Annual statistical returns and brief notes on vaccination in Bengal - 1896-1909
Year: 1896
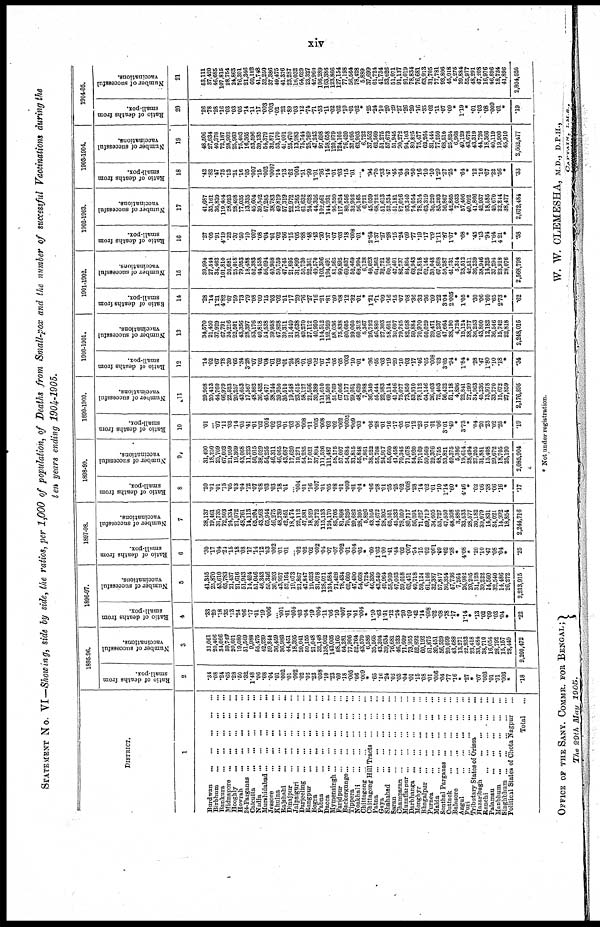
xiv
STATEMENT No. VI—Showing, side by side, the ratios, per 1,000 of population, of Deaths from Small-pox and the number of successful Vaccinations during the
ten years ending 1904-1905.
DISTRICT.
1
Burdwan
...
...
...
...
...
Birbhum
...
...
...
...
...
Bankura
...
...
...
...
...
Midnapore
...
...
...
...
...
Hooghly
...
...
...
...
...
Howrah
...
...
...
...
...
24-Parganas
...
...
...
...
...
Calcutta
...
...
...
...
...
Nadia
...
...
...
...
...
Murshidabad
...
...
...
...
...
Jessore
...
...
...
...
...
Khulna
...
...
...
... ...
Rajshahi
...
...
...
...
...
Dinajpur
...
...
...
...
...
Jalpaiguri
...
...
...
...
...
Darjeeling
...
...
...
...
...
Rangpur
...
...
...
...
...
Bogra
...
...
...
...
...
Pabna
...
...
...
...
...
Dacca
...
...
...
...
...
Mymensingh ... ... ... ... ...
Faridpur
...
...
...
...
...
Backergunge
...
...
...
...
...
Tippera
...
...
...
...
...
Noakhali
...
...
...
...
...
Chittagong
...
...
...
...
...
Chittagong Hill Tracts
...
...
...
Patna
...
...
...
...
...
Gaya
...
...
...
...
...
Shahabad
...
...
...
...
...
Saran
...
...
...
...
...
Champaran
...
...
...
...
...
Muzaffarpur
...
...
...
...
...
Darbhanga
...
...
...
...
...
Monghyr
...
...
...
...
...
Bhagalpur
...
...
...
...
...
Purnea
...
...
...
...
...
Malda
...
...
...
...
...
Sonthal Parganas
...
...
...
...
Cuttack
...
...
...
...
...
Balasore
...
...
...
...
...
Angul
...
...
...
...
...
Puri
...
...
...
...
...
Tributary States of Orissa
...
...
Hazaribagh
...
...
...
...
Ranchi
...
...
...
...
...
Palamau
...
...
...
...
...
Manbhum
...
...
...
...
...
Singhbhum
...
...
...
...
...
Political States of Chota Nagpur
...
Total ...
1895-96.
Ratio of deaths from
small-pox.
2
.34
.08
.24
.65
.28
.50
.32
1.48
.06
.08
.04
.01
.002
.01
.002
.02
.02
.23
.008
.10
.23
.60
.18
.005
.06
.009
*
.65
.16
.24
.02
.03
.04
.01
.16
.08
.01
.006
.04
.77
.16
*
.27
*
.07
.003
.01
.01
.003
*
.18
Number of successful
vaccinations.
3
31,061
20,406
34,066
59,749
20,601
19,080
51,569
9,988
55,475
42,239
59,344
36,459
36,983
44,451
18,395
20,041
50,155
21,048
32,148
138,062
143,005
88,165
64,281
77,906
52,764
43,570
6,586
35,565
43,204
39,634
76,681
46,233
71,609
73,955
52,892
60,192
51,875
30,451
56,529
20,099
43,688
13,271
22,933
23,418
33,484
38,710
16,054
28,792
15,157
28,449
2,200,472
1896-97.
Ratio of deaths from
small-pox.
4
.33
.29
.18
.35
.13
.24
.06
.17
.01
.19
.006
... .001
.01
.004
.03
.04
.19
.004
.11
.06
.10
.007
.01
.01
.004
*
1.10
.63
1.51
.12
.24
.20
.09
.42
.14
.008
.02
.08
.78
.17
.
1.14
*
.13
.02
.09
.03
.04
*
.22
Number of successful
vaccinations.
5
41,345
25,870
43,610
65,783
21,437
21,616
51,943
14,424
51,046
46,343
55,346
30,293
43,957
52,164
19,073
21,867
47,847
19,523
31,078
128,071
134,584
71,428
78,434
62,660
47,490
54,668
6,724
46,336
43,649
49,964
58,969
47,063
59,018
63,451
49,718
59,124
61,146
32,387
57,817
36,354
47,736
7,264
26,982
20,205
31,128
39,222
14,560
32,540
14,486
26,272
2,213,915
1897-98.
Ratio of deaths from
small-pox.
6
.30
.17
.04
.24
.15
.18
.08
.17
.14
.12
.03
.002
.01
.01
... .02
.02
.02
.002
.04
.07
.07
.002
.01
.004
.05
*
.60
1.03 1.00
.41
.44
.02
.007
.54
.15
.02
.001
.09
.62
.38
*
4.08
*
.20
.10
.47
.08
.04
*
.25
Number of successful
vaccinations.
7
38,137
19,461
31,735
72,503
24,331
21,072
48,761
14,113
65,204
43,563
65,944
46,275
48,739
42,851
18,474
22,112
47,581
18,529
38,772
115,133
124,170
85,705
81,898
70,226
29,682
28,395
5,826
43,056
44,672
28,302
65,051
45,332
78,809
80,717
56,091
71,627
69,719
34,605
53,727
47,550
48,308
3,886
33,533
28,577
30,182
39,079
14,831
34,021
14,992
18,854
2,244,716
1898-99.
Ratio of deaths from
small-pox.
8
.20
.01
.01
.15
.05
.03
.04
.12
.07
.08
.03
.03
.18
.01
... .004
.01
.16
.007
.01
.05
.08
.01
.009
.01
.04
*
.06
.28
.01
.35
.25
.02
.008
.28
.14
.02
.01
.10
1.14
.60
*
4.46
*
.02
.06
.38
.06
.16
*
.17
Number of successful
vaccinations.
9
31,490
18,250
25,769
67,002
21,959
19,369
43,068
11,223
50,015
38,029
54,255
46,311
46,065
43,687
17,620
19,271
54,285
17,021
37,894
111,526
111,487
58,175
57,097
54,684
31,815
55,848
7,861
38,522
55,708
24,917
55,660
41,458
70,345
71,678
54,920
79,169
59,569
29,376
48,755
53,821
49,375
5,386
19,614
28,494
27,205
31,881
15,408
29,672
18,705
25,190
2,085,904
1899-1900.
Ratio of deaths from
small-pox.
10
.01
...
.07
.11
.03
.14
.05
.41
.01
.02
.004
.02
.03
.01
.03
.06
.008
.11
.005
.008
.03
.02
.002
.0005
.009
.03
*
.06
.28
.01
.16
.17
.05
.01
.12
.23
.01
.01
.06
3.01
.49
*
3.73
*
.04
.20
.23
.02
.25
*
.19
Number of successful
vaccinations.
11
29,908
20,413
44,760
66,979
22,523
20,257
43,653
17,567
48,862
36,432
46,471
38,244
39,950
35,510
19,548
23,615
58,127
21,566
30,389
111,610
136,500
51,769
67,006
57,177
29,951
48,629
7,988
36,349
65,444
22,983
69,114
41,046
75,077
73,850
53,910
78,112
64,146
26,003
72,403
56,422
51,118
4,896
22,841
27,299
34,963
45,236
13,978
33,770
15,672
27,859
2,176,895
1900-1901.
Ratio of deaths from
small-pox.
12
.14
.02
.67
.78
.39
.65
.34
3.28
.07
.02
.04
.01
.02
.01
.24
.38
.01
.05
.02
.07
.14
.05
.05
.003
.10
.01
.
.36
.55
.03
.19
.29
.10
.03
.17
.46
.05
.008
.03
3.65
.94
*
1.84
*
.28
.47
1.80
.10
.18
*
.34
Number of successful
vaccinations.
13
34,570
21,450
37,929
67,791
24,216
22,501
43,356
28,397
53,176
40,818
54,538
39,958
47,828
39,311
21,410
33,638
49,270
27,112
40,950
114,512
152,959
58,036
75,838
60,605
39,060
60,312
5,367
26,792
46,880
27,303
58,651
39,697
79,785
82,058
59,884
70,970
60,029
29,471
60,237
47,664
38,190
4,724
15,124
38,277
36,253
43,800
12,182
36,546
15,742
22,818
2,248,015
1901-1902.
Ratio of deaths from
small-pox.
14
.28
.14
1.21
4.82
.67
.59
.73
.79
.08
.09
.15
.03
.02
.51
.17
.29
.76
.27
.16
.21
.81
.09
.08
.12
.32
.01
*
1.21
.71
.09
.16
.15
.07
.08
.36
.33
.36
.09
.22
3.04
2.005
*
1.05
*
.30 .06
1.60
.65
2.73
*
.62
Number of successful
vaccinations.
15
39,994
27,544
34,463
101,810
20,681
25,018
79,953
18,488
62,383
44,558
56,094
40,908
50,760
47,745
21,895
31,899
50,730
22,361
49,570
103,306
194,491
81,565
99,895
69,037
52,469
68,994
6,128
49,023
64,362
32,721
60,106
47,401
86,737
84,804
63,943
72,818
62,145
30,048
67,808
56,287
41,731
5,314
23,612
42,511
36,239
38,946
14,325
37,294
23,918
28,076
2,568,798
1902-1903.
Ratio of deaths from
small-pox.
16
.27
.05
.91
4.19
.22
.37
.50
.10
.007
.08
.04
.01
.02
.56
.15
.05
.88
.48
.43
.30
.37
.07
.03
.18
.008
.01
*
2.64
1.37
.27
.28
.15
.24
.09
.77
.19
.17
.09
1.11
.87
1.07
*
.68
*
.45
.13
.94
1.64
4.21
*
.58
Number of successful
vaccinations.
17
41,687
35,161
36,839
119,404
28,023
28,498
77,035
13,335
45,604
39,542
57,285
38,783
49,819
57,319
22,972
15,265
61,632
24,628
44,326
102,061
144,931
95,520
117,824
80,556
32,952
56,165
6,721
45,039
68,722
51,613
52,534
51,181
87,016
93,340
74,054
78,314
63,319
30,220
85,203
56,867
42,865
7,033
57,406
40,092
41,866
42,937
18,585
49,670
22,244
38,477
2,672,484
1903-1904.
Ratio of deaths from
small-pox.
18
.42
.82
.47
.75
.13
.21
.16
.05
.007
.15
.002
.0007
.14
.13
.62
.004
.51
.99
1.01
.36
.14
.01
.03
.15
.01
... *
.94
.70
.33
.47
.45
.64
.20
.50
.16
.10
.10
1.29
.27
.25
*
.64
*
.12
.16
.67
.22
.56
*
.33
Number of successful
vaccinations.
19
48,506
27,834
40,378
72,187
28,902
25,963
75,403
16,365
53,596
39,135
54,379
32,871
53,170
41,001
25,470
13,983
75,744
25,769
47,243
97,698
158,658
120,879
124,105
76,420
37,095
63,903
6,722
37,552
62,569
51,275
57,673
51,945
90,272
94,103
80,825
75,477
62,264
31,444
77,250
68,510
25,824
6,968
49,129
43,678
43,319
44,726
18,366
40,119
19,900
45,910
2,662,477
1904-05.
Ratio of deaths from
small-pox.
20
.26
.78
.28
.16
.03
.03
.05
.14
.11
.17
.003
.003
.02
.22
.89
.03
.12
.74
.71
.53
.11
.02
.02
.10
.01
.02
*
.25
.24
.10
.20
.29
.27
.26
.20
.16
.35
.02
.11
.07
.09
*
1.19
*
.01
.03
.08
.009
.01
*
.19
Number of successful
vaccinations.
21
53,111
37,420
46,685
107,815
28,754
24,863
76,301
21,346
60,102
41,748
52,250
37,386
49,475
41,376
23,287
16,032
64,629
23,327
42,960
106,289
163,386
123,866
127,154
77,198
56,564
78,428
5,889
37,699
61,724
41,734
53,626
51,071
91,137
91,019
78,834
76,681
63,913
31,705
77,781
93,806
45,018
6,275
39,884
55,977
48,291
47,208
16,976
46,896
18,734
41,896
2,804,626
* Not under registration.
OFFICE OF THE SANY. COMMR. FOR BENGAL ;
The 29th May
1905.
W. W. CLEMESHA, M.D., D.P.H.,
CAPTAN